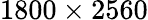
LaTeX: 1800\times 2560